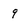
Character: 9